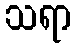
သရာ